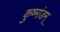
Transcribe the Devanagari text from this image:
कुष्मांडम्